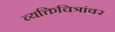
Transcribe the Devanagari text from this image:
व्यक्तिचित्रांवर